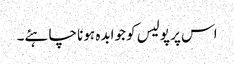
اس پر پولیس کو جوابدہ ہونا چاہئے۔